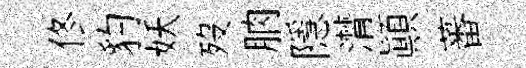
佟豹妖歿朒隱潸顚蕃